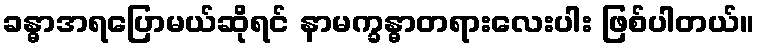
ခန္ဓာအရပြောမယ်ဆိုရင် နာမက္ခန္ဓာတရားလေးပါး ဖြစ်ပါတယ်။